Report on vaccination in Madras 1904-1921 - 1904-1921
Year: 1904
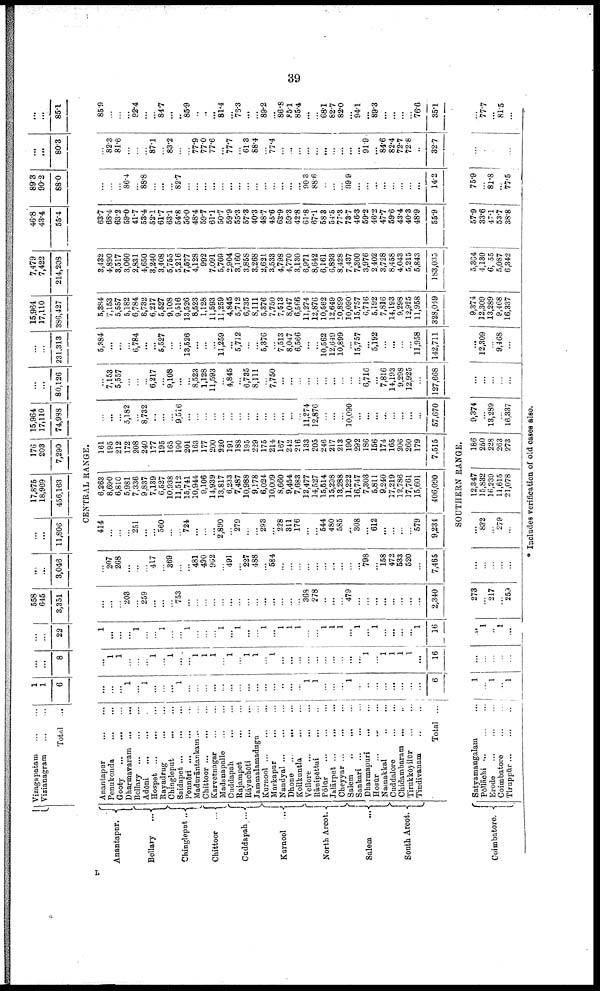
39
Anantapur.
Bellary
...
Chingleput..
Chittoor ...
Cuddapah ...
Kurnool
...
North Arcot.
Salem ...
South Arcot.
Coimbatore..
Vizagapatam
...
...
Vizianagram
...
...
Total
...
1
1
6
...
...
8
...
...
22
558
645
3,351
...
...
3,046
...
...
11,806
17,875
18,969
456,163
176
203
7,290
15,964
17,110
74,988
...
...
80,126
...
...
231,313
15,964
17,110
386,427
7,479
7,422
214,208
46.8
43.4
55.4
89.3
90.2
88.0
...
...
80.3
...
...
85.1
CENTRAL RANGE.
Anantapur ... ...
Penukonda
...
...
Gooty
...
...
...
Dharmavaram
...
...
Bellary
...
...
...
Adōni ... ... ...
Hospet... ... ...
Rayadrug
...
...
Chingleput
...
...
Saidapet ... ... ...
Ponnēri
...
...
...
Madurāntankam ... ...
Chittoor
...
...
...
Karvetnagar
...
...
Madanapalle
...
...
Cuddapah
...
...
Rajampet
...
...
Rāyachōti
...
...
Jammalamadugu ...
Kurnool ... ... ...
Markapur
...
...
Nandyal
...
...
...
Dhone ... ... ...
Koilkuntla
...
...
Vellore
...
...
...
Rānipēttai
...
...
Pōlar
...
...
...
Jalārpet
...
...
...
Cheyyar
...
...
...
Salem
...
...
...
Sankari
...
...
...
Dharmapuri
...
...
Hosūr
...
...
...
Namakkal ... ...
Cuddalore
...
...
Chidambaram
...
...
Tirukkōyilūr
...
...
Tindivanam ... ...
Total ...
...
...
...
1
...
1
...
...
...
1
...
...
...
...
...
...
...
...
...
...
...
...
...
...
1
1
...
...
...
1
...
...
...
...
...
...
...
...
6
...
1
1
...
...
...
1
...
1
...
...
1
1
1
...
1
...
1
1
...
1
...
...
...
...
...
...
...
...
...
...
1
...
1
1
1
1
...
16
1
...
...
...
1
...
...
1
...
...
1
...
...
...
1
...
1
...
...
1
...
1
1
1
...
...
1
1
1
...
1
...
1
...
...
...
...
1
16
...
...
...
203
...
259
...
...
...
753
...
...
...
...
...
...
...
...
...
...
...
...
...
...
368
278
...
...
...
479
...
...
...
...
...
...
...
...
2,340
...
207
268
...
...
...
417
...
369
...
...
481
490
962
...
491
...
227
488
...
584
...
...
...
...
...
...
...
...
...
...
798
...
158
472
533
520
...
7,465
414
...
...
...
251
...
...
560
...
...
724
...
...
...
2,890
...
279
...
...
293
...
228
311
176
...
...
544
480
585
...
308
...
612
...
...
...
...
579
9,234
6,263
8,690
6,810
5,981
7,336
9,837
7,139
6,527
10,938
11,512
15,741
10,944
9,106
14,939
13,817
6,233
7,487
10,988
9,178
6,024
10,009
8,660
9,454
7,683
12,477
14,527
15,514
15,298
13,288
11,222
16,747
7,303
5,811
9,240
17,219
12,786
17,761
15,601
406,090
161
195
212
172
208
240
177
195
165
190
201
163
177
200
220
191
188
195
229
175
214
167
242
216
133
205
246
217
213
190
292
186
156
174
165
206
260
179
7,515
...
...
...
5,182
...
8,732
...
...
...
9,516
...
...
...
...
...
...
...
...
...
...
...
...
...
...
11,274
12,876
...
...
...
10,090
...
...
...
...
...
...
...
...
57,670
...
7,153
5,557
...
...
...
6,217
...
9,108
...
...
8,523
1,128
11,593
...
4,845
...
6,735
8,111
...
7,750
...
...
...
...
...
...
...
...
...
...
6,716
...
7,816
14,193
9,298
12,925
...
127,668
5,384
...
...
...
6,784
...
...
5,527
...
...
13,526
...
...
...
11,259
...
5,712
...
...
5,376
...
7,513
8,047
6,566
...
...
10,562
12,649
10,899
...
15,757
...
5,192
...
...
...
...
11,958
142,711
5,384
7,153
5,557
5,182
6,784
8,732
6,217
5,527
9,108
9,516
13,526
8,523
1,128
11,593
11,259
4,845
5,712
6,735
8,111
5,376
7,750
7,513
8,047
6,566
11,274
12,876
10,562
12,649
10,899
10,090
15,757
6,716
5,192
7,816
14,193
9,298
12,925
11,958
328,049
3,432
4,890
8,517
3,060
2,831
4,650
3,240
3,408
5,755
5,216
7,577
4,128
992
7,091
5,709
2,904
3,160
3,858
3,268
2,621
3,533
4,798
4,770
3,130
6,971
8,642
6,161
6,893
8,428
7,437
7,300
3,976
2,402
3,728
8,458
4,043
5,215
5,843
183,035
63.7
68.4
63.2
59.0
41.7
53.4
52.1
61.7
63.1
54.8
56.0
48.4
59.7
61.1
50.7
59.9
55.3
57.3
40.3
48.7
45.6
63.9
59.3
42.8
61.8
67.1
58.3
54.5
77.3
73.7
46.3
59.2
46.2
47.7
59.6
43.4
40.3
48.9
55.9
...
...
...
86.4
...
88.8
...
...
...
82.7
...
...
...
...
...
...
...
...
...
...
...
...
...
...
90.3
88.6
...
...
...
89.9
...
...
...
...
...
...
...
...
14.2
...
82.3
81.6
...
...
...
87.1
...
83.2
...
...
77.9
77.0
77.6
...
77.7
...
61.3
88.4
...
77.4
...
...
...
...
...
...
...
...
...
...
91.9
...
84.6
82.4
72.7
72.8
...
32.7
85.9
...
...
...
92.4
...
...
84.7
...
...
85.9
...
...
...
81.4
...
76.3
...
...
89.2
...
86.8
85.1
85.4
...
...
68.1
82.7
82.0
...
94.1
...
89.3
...
...
...
...
76.6
35.1
SOUTHERN RANGE.
Satyamangalam ...
Pōllāchi
...
...
...
Erode
...
...
...
Coimbatore ... ...
Tiruppūr
...
...
...
1
...
1
...
1
...
...
...
...
...
...
1
...
1
...
278
...
217
...
259
...
...
...
...
...
...
832
...
279
...
12,347
15,832
16,239
11,615
21,078
186
250
228
263
273
9,374
...
13,289
...
16,337
...
...
...
...
...
...
12,309
...
9,468
...
9,374
12,309
13,289
9,468
16,337
5,364
4,130
6,055
5,087
6,342
57.9
33.6
47.1
53.7
38.8
75.9
...
81.8
...
77.5
...
...
...
...
...
...
77.7
81.5
...
* Includes verification of old cases also.
L